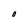
Character: O